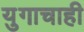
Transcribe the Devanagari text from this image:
युगाचाही